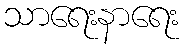
သာရေးနာရေး